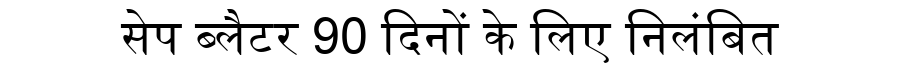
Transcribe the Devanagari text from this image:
सेप ब्लैटर 90 दिनों के लिए निलंबित